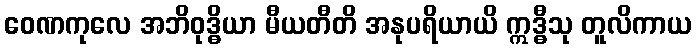
ဝေဏကုလေ အဘိဝုဒ္ဓိယာ မီယတီတိ အနုပရိယာယိ ဣဒ္ဓီသု တူလိကာယ